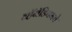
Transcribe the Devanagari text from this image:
व्हॅनॅडियमचे